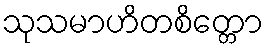
သုသမာဟိတစိတ္တော